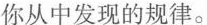
你从中发现的规律。